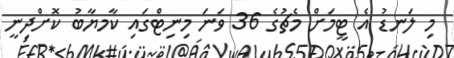
މި ލަނޑު އެ ޓީމަށް މެޗުގެ 36 ވަނަ މިނިޓްގައި ކާމޔާބު ކޮށްދިނީ